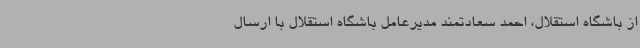
از باشگاه استقلال، احمد سعادتمند مدیرعامل باشگاه استقلال با ارسال